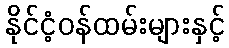
နိုင်ငံ့ဝန်ထမ်းများနှင့်